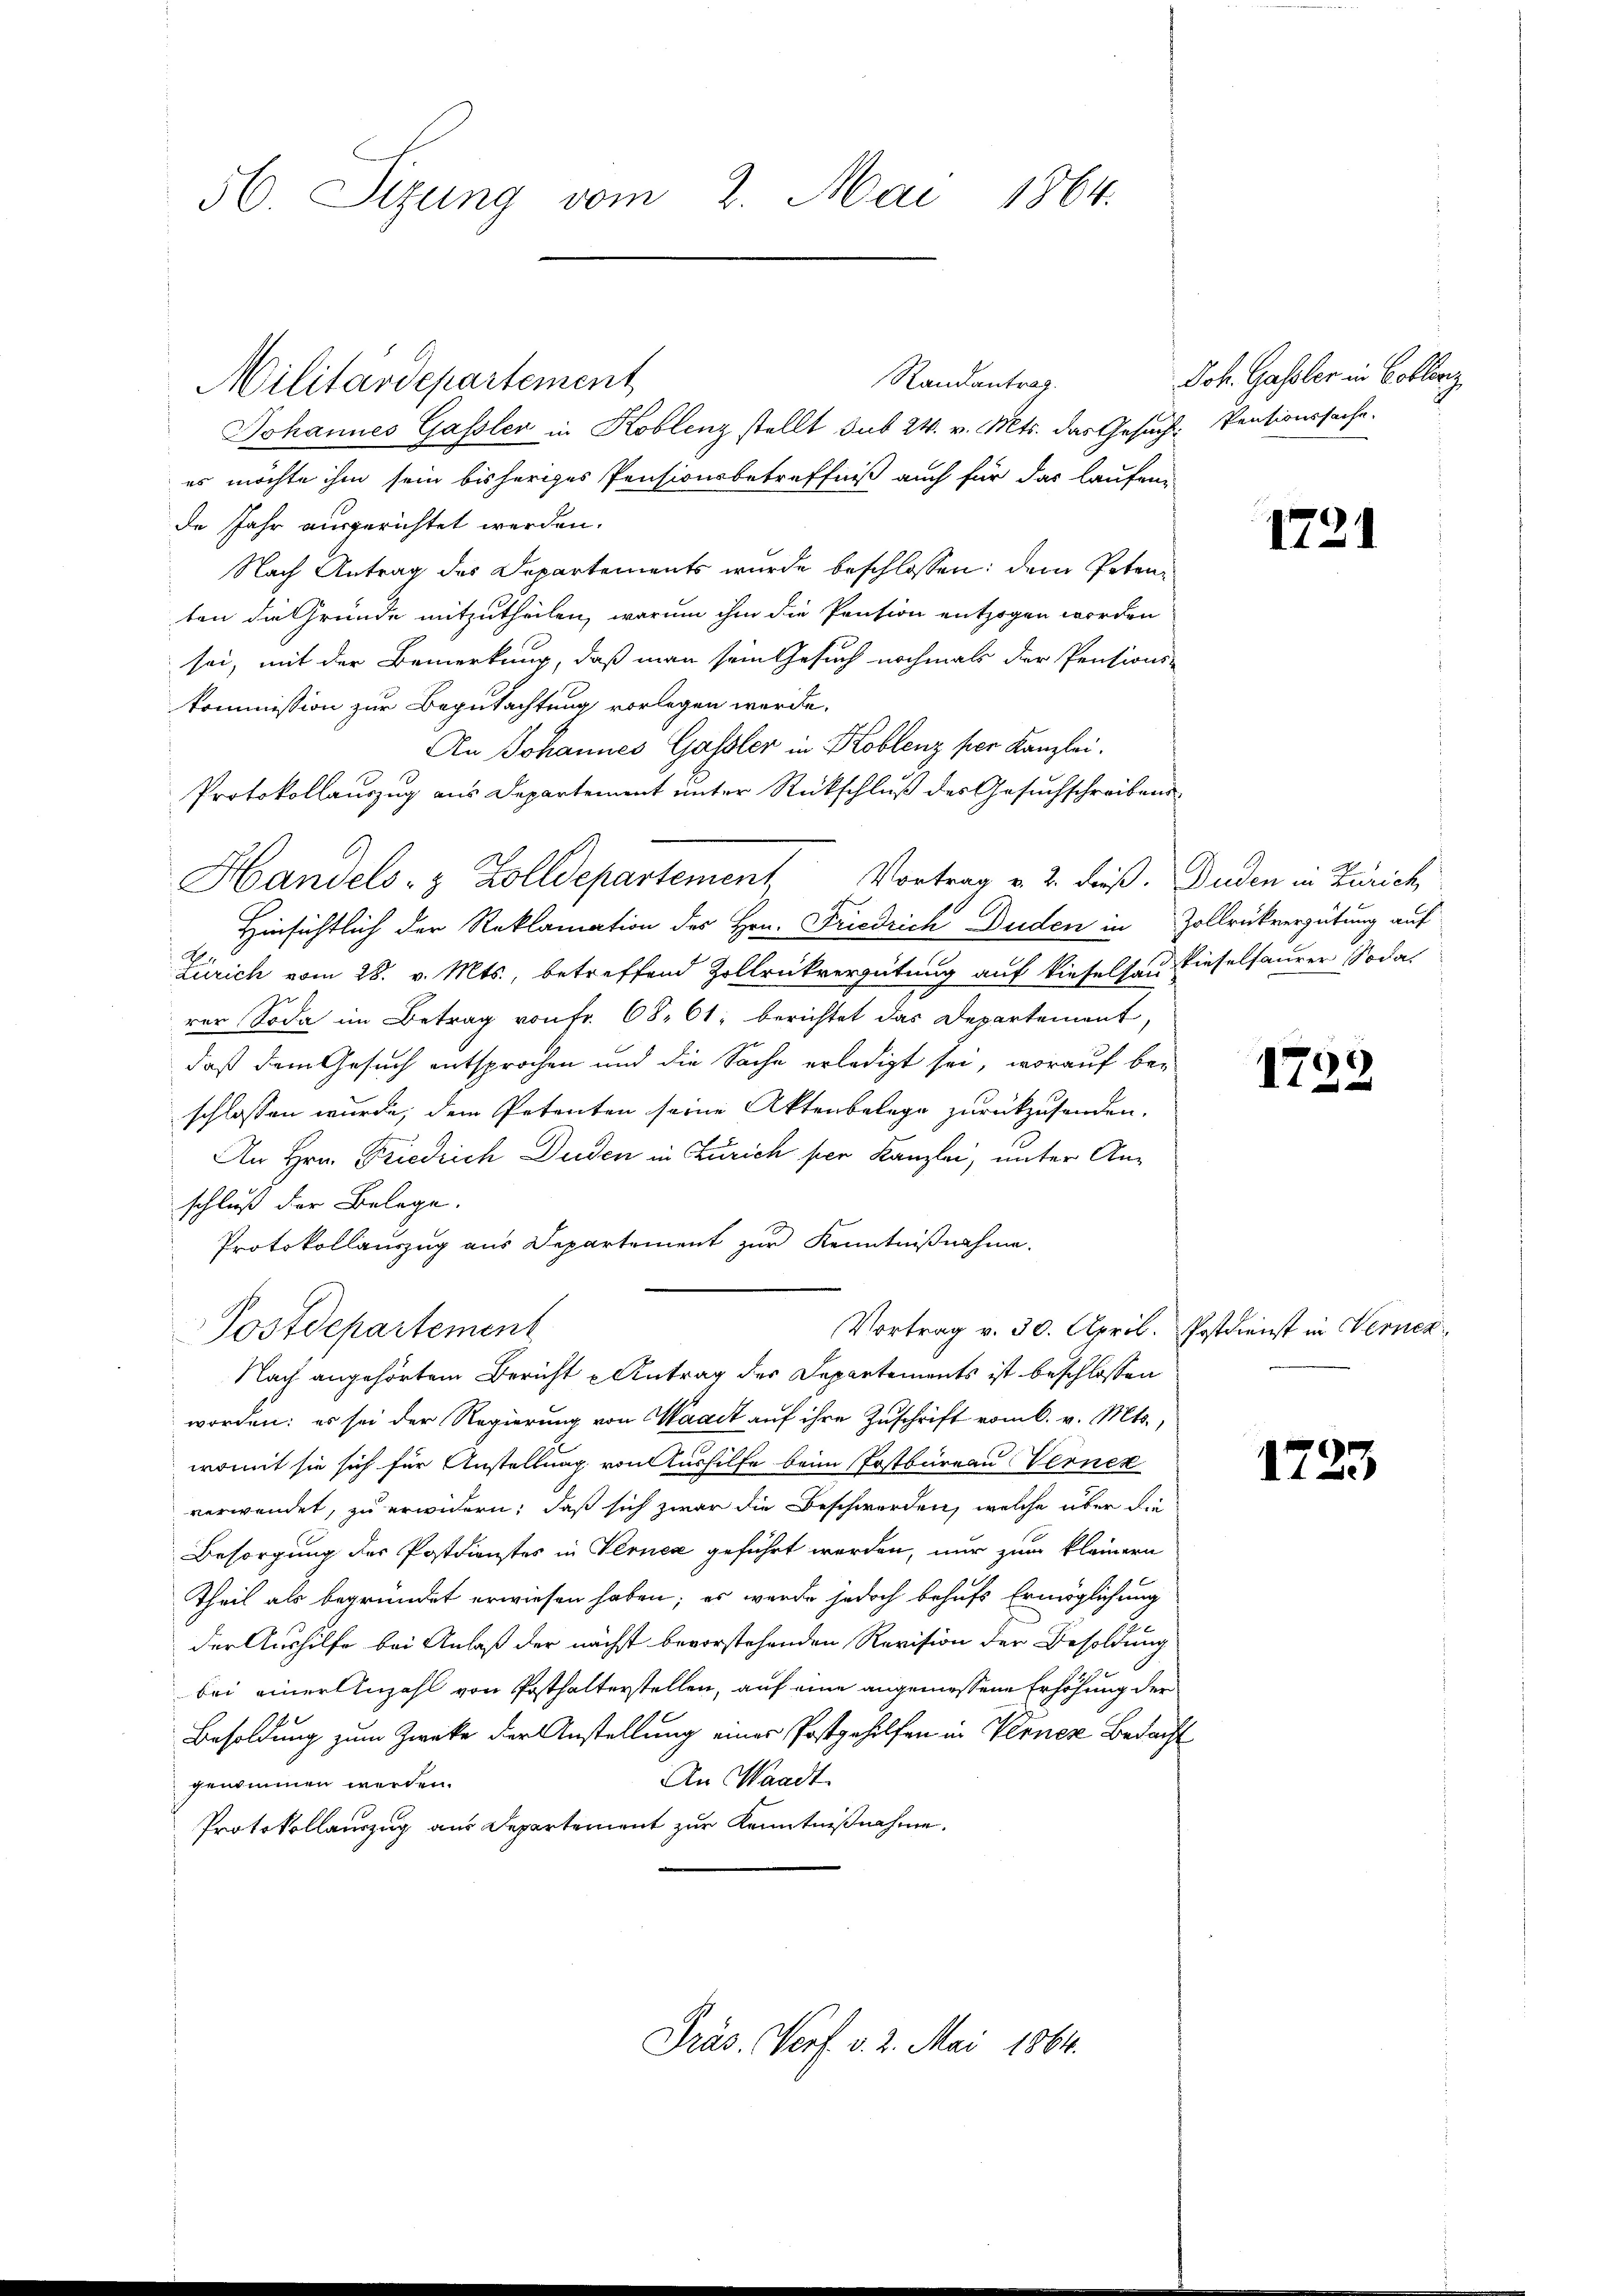
56. Sizung vom 2. Mai 1864.

Johannes Gassler in Koblenz stellt sub 24. v. Mts. das Gesuch: Pentionssache.
es möchte ihm sein bisheriges Pensionsbetreffniß auch für das laufen-
de Jahr ausgerichtet werden.
Nach Antrag des Departements wurde beschlossen: dem Petenten die Gründe mitzutheilen, warum ihm die Pension entzogen worden
sei, mit der Bemerkung, daß man sein Gesuch nochmals der Pensions-
kommission zur Begutachtung vorlegen werde.
An Johannes Gassler in Koblenz per Kanzlei.
Protokollauszug aus Departement unter Rückschluß des Gesuchschreibens
Hinsichtlich der Reklamation des Hrn. Friedrich Duden in Zollrückvergütung auf
Zürich vom 28. v. Mts., betreffend Zollrückvergütung auf dieselsen Rieselsaurer Soda
rer Soda im Betrag von Fr. 68. 61, berichtet das Departement,
daß dem Gesuch entsprochen und die Sache erledigt sei, worauf beschlossen wurde, dem Petenten seine Aktenbelege zurückzusenden.
An Hrn. Friedrich Duden in Zürich per Kanzlei, unter Anschluß der Belege.
Protokollauszug aus Departement zur Kenntnißnahme.
Vortrag v. 30. April. Postdienst in Verner
Postdepartement
Nach angehörtem Bericht u Antrag des Departements ist beschlossen
worden: es sei der Regierung von Waadt auf ihre Zuschrift vom 6. v. Mts.,
womit sie sich für Anstellung von Aushilfe beim Postbüreau Verner
verwendet, zu erwidern; daß sich zwar die Beschwerden, welche über die
Besorgung der Postdienstes in Verner geführt werden, nur zum kleinern

Theil als begründet erwiesen haben; es werde jedoch behufs Ermöglichung
der Aushilfe bei Anlaß der nächst bevorstehenden Revision der Besoldung
bei einer Anzahl von Posthalterstellen, auf eine angemessene Erhöhung der
Besoldung zum Zwecke der Anstellung einer Postgeholfen in Verner Bedacht
An Waadt.
genommen werden.
Protokollauszug aus Departement zur Kenntnißnahme.

Militärdepartement

Handels- & Zolldepartement Vortrag v. 2. dieß. Buden in Zürich

Randantrag.

Präs. Verf. v. 2. Mai 1864.

Joh. Gassler in Collerz

1721

1798

1223